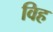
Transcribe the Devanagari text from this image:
विह